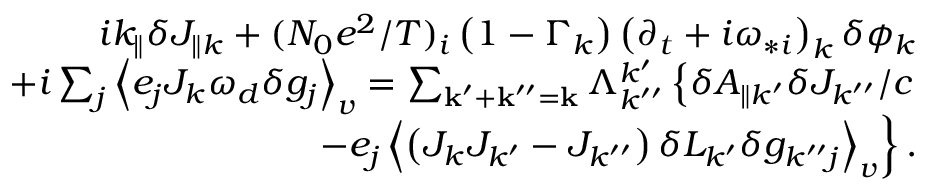
\begin{array} { r l r } & { } & { i k _ { \parallel } \delta J _ { \parallel k } + ( N _ { 0 } e ^ { 2 } / T ) _ { i } \left( 1 - \Gamma _ { k } \right) \left( \partial _ { t } + i \omega _ { * i } \right) _ { k } \delta \phi _ { k } } \\ & { } & { + i \sum _ { j } \left\langle e _ { j } J _ { k } \omega _ { d } \delta g _ { j } \right\rangle _ { v } = \sum _ { \mathbf { k } ^ { \prime } + \mathbf { k } ^ { \prime \prime } = \mathbf { k } } \Lambda _ { k ^ { \prime \prime } } ^ { k ^ { \prime } } \left\{ \delta A _ { \parallel k ^ { \prime } } \delta J _ { k ^ { \prime \prime } } / c \right. } \\ & { } & { \left. - e _ { j } \left\langle \left( J _ { k } J _ { k ^ { \prime } } - J _ { k ^ { \prime \prime } } \right) \delta L _ { k ^ { \prime } } \delta g _ { k ^ { \prime \prime } j } \right\rangle _ { v } \right\} . } \end{array}